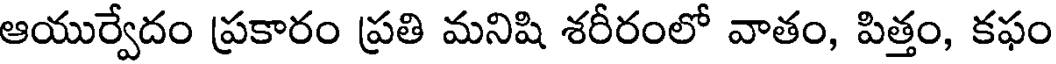
ఆయుర్వేదం ప్రకారం ప్రతి మనిషి శరీరంలో వాతం, పిత్తం, కఫం